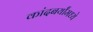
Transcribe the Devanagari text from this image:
कांदबर्यांमध्ये